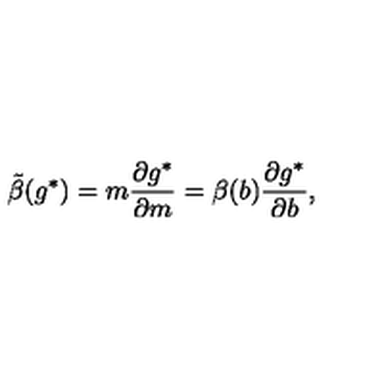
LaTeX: \tilde { \beta } ( g ^ { * } ) = m { \frac { \partial g ^ { * } } { \partial m } } = \beta ( b ) { \frac { \partial g ^ { * } } { \partial b } } ,